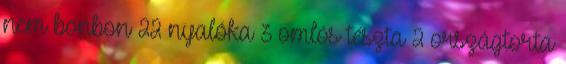
nem bonbon 22 nyalóka 3 omlós tészta 2 országtorta